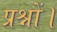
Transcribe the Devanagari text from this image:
प्रश्नों।